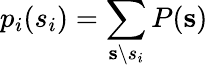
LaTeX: p_{i}(s_{i})=\sum_{\mathbf{s}\backslash s_{i}}P(\mathbf{s})